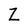
Character: Z